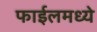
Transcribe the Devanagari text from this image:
फाईलमध्ये